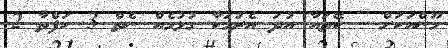
މޫންއަކަށް - ކޭތައާ އުދަ އެރުމަކާ ގުޅުމެއް ނެތް 3 ހަފްތާ 2